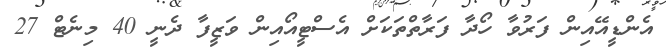
އެންޑީއޭއިން ފަރުވާ ހޯދާ ފަރާތްތަކަށް އެސްޓީއޯއިން ވަޒީފާ ދެނީ 40 މިނެޓް 27